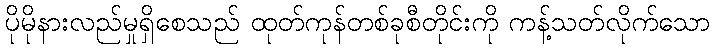
ပိုမိုနားလည်မှုရှိစေသည် ထုတ်ကုန်တစ်ခုစီတိုင်းကို ကန့်သတ်လိုက်သော